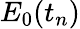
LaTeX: E_{0}(t_{n})